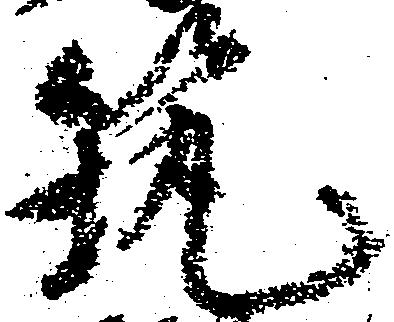
筑